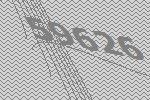
59626